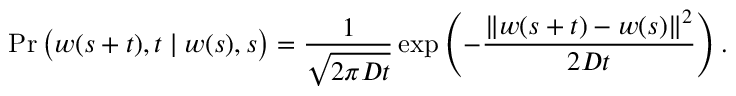
\operatorname* { P r } { \big ( } w ( s + t ) , t \mid w ( s ) , s { \big ) } = { \frac { 1 } { \sqrt { 2 \pi D t } } } \exp \left( - { \frac { \| w ( s + t ) - w ( s ) \| ^ { 2 } } { 2 D t } } \right) .